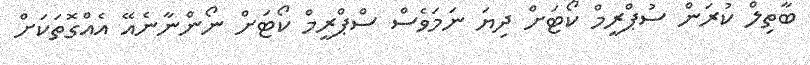
ބާތިލް ކުރަން ސުޕްރީމް ކޯޓަށް ދިޔަ ނަމަވެސް ސްޕްރީމް ކޯޓަށް ނޯންނާނެއޭ އެއްގޮތަކަށް